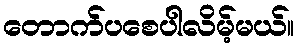
တောက်ပစေပါလိမ့်မယ်။